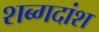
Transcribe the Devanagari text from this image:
शब्गदांश